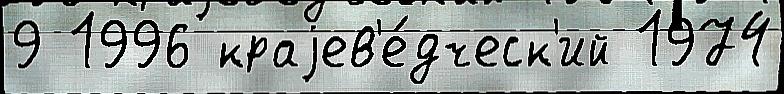
9 1996 краjев'е́дческ'ий 1974